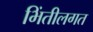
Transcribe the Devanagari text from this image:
भिंतीलगत